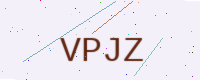
Text: VPJZ